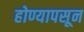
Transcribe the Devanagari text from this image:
होण्यापसून